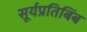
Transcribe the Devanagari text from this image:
सूर्यप्रतिबिंब